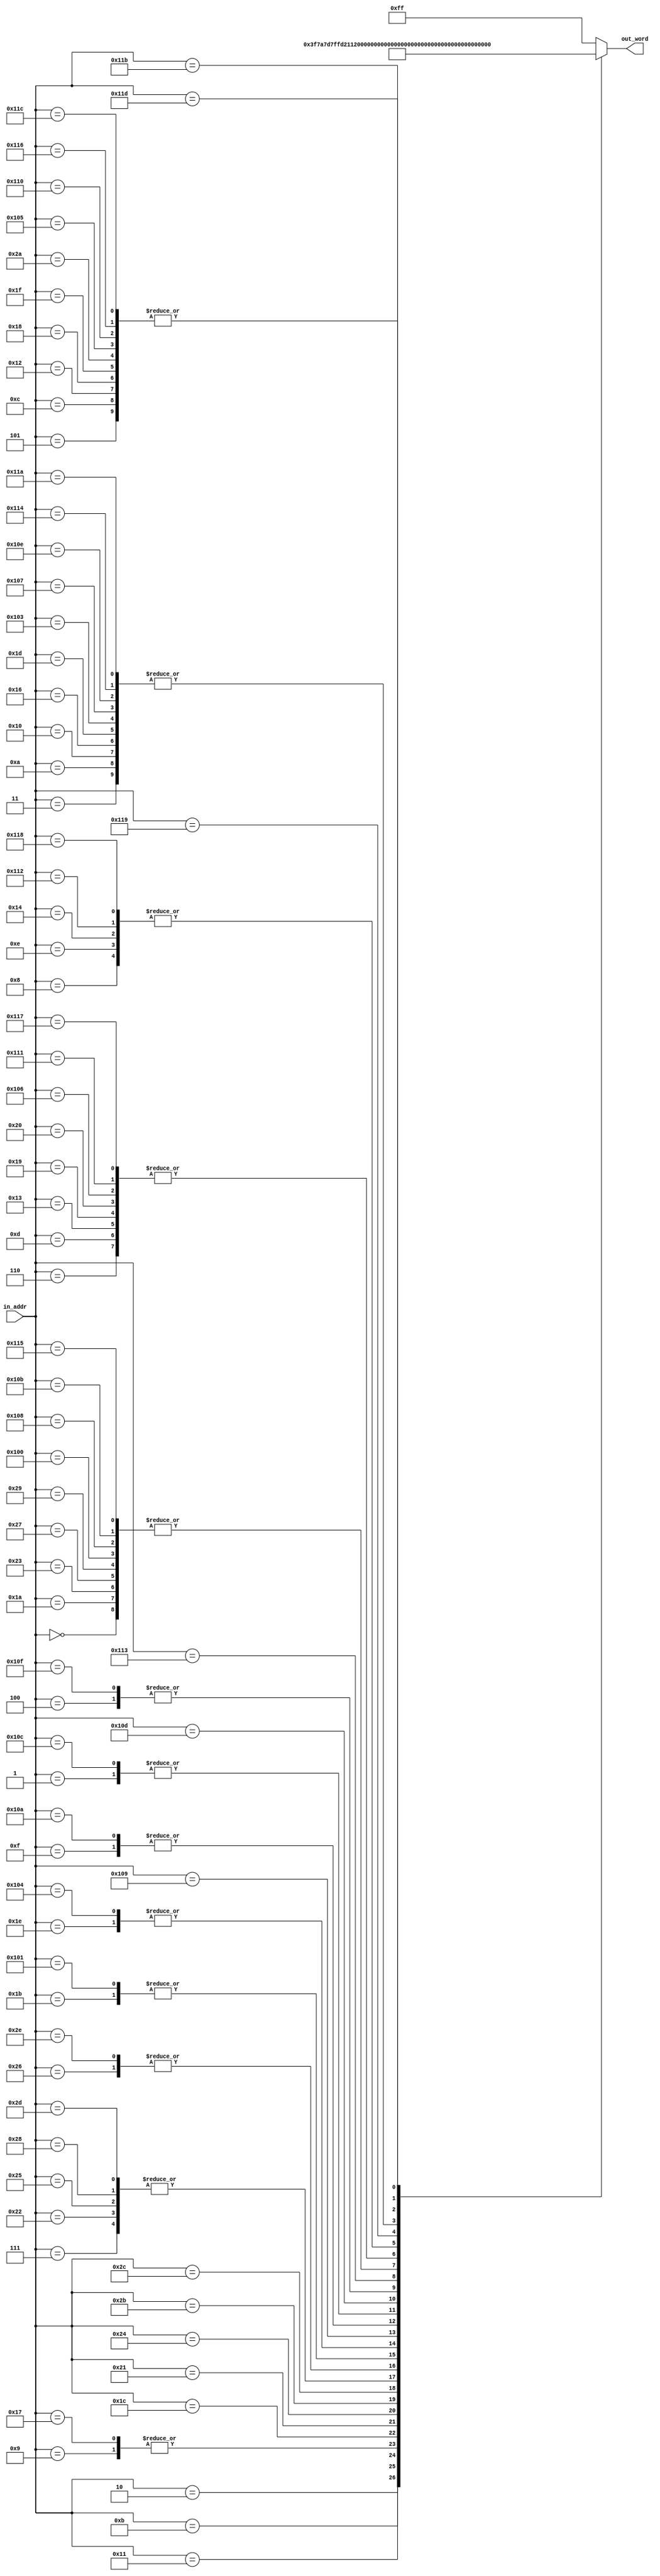
// bin2v output
// 

module bin2v(

	input  wire [ 9:0] in_addr,

	output reg  [ 7:0] out_word

);

	always @*
	case( in_addr )

		10'h0: out_word = 8'h01;
		10'h1: out_word = 8'hf7;
		10'h2: out_word = 8'h3f;

		10'h3: out_word = 8'h3e;
		10'h4: out_word = 8'h80;

		10'h5: out_word = 8'hED;
		10'h6: out_word = 8'h79; // 3ff7<=BF


		10'h7: out_word = 8'h00;
		10'h8: out_word = 8'h06;
		10'h9: out_word = 8'h7F;
		10'hA: out_word = 8'h3e;
		10'hB: out_word = 8'b01111010;
		10'hC: out_word = 8'hED;
		10'hD: out_word = 8'h79;

		10'hE: out_word = 8'h06;
		10'hF: out_word = 8'hBF;
		10'h10: out_word = 8'h3E;
		10'h11: out_word = 8'b01111101;
		10'h12: out_word = 8'hED;
		10'h13: out_word = 8'h79;

		10'h14: out_word = 8'h06;
		10'h15: out_word = 8'hFF;
		10'h16: out_word = 8'h3E;
		10'h17: out_word = 8'b01111111;
		10'h18: out_word = 8'hED;
		10'h19: out_word = 8'h79;

		10'h1A: out_word = 8'h01;
		10'h1B: out_word = 8'h77;
		10'h1C: out_word = 8'hFD;
		10'h1D: out_word = 8'h3E;
		10'h1E: out_word = 8'hAB;
		10'h1F: out_word = 8'hED;
		10'h20: out_word = 8'h79;

		10'h21: out_word = 8'h21;
		10'h22: out_word = 8'h00;
		10'h23: out_word = 8'h01;
		10'h24: out_word = 8'h11;
		10'h25: out_word = 8'h00;
		10'h26: out_word = 8'h60;
		10'h27: out_word = 8'h01;
		10'h28: out_word = 8'h00;
		10'h29: out_word = 8'h01;
		10'h2A: out_word = 8'hED;
		10'h2B: out_word = 8'hB0;

		10'h2C: out_word = 8'hC3;
		10'h2D: out_word = 8'h00;
		10'h2E: out_word = 8'h60;
		




		10'h100: out_word = 8'h01;
		10'h101: out_word = 8'h77;
		10'h102: out_word = 8'hff;
		10'h103: out_word = 8'h3e;
		10'h104: out_word = 8'hab;
		10'h105: out_word = 8'hed;
		10'h106: out_word = 8'h79;

		10'h107: out_word = 8'h3e;
		10'h108: out_word = 8'h01;
		10'h109: out_word = 8'hd3;
		10'h10a: out_word = 8'hbf;

		10'h10b: out_word = 8'h01;
		10'h10c: out_word = 8'hf7;
		10'h10d: out_word = 8'hee;
		10'h10e: out_word = 8'h3e;
		10'h10f: out_word = 8'h80;
		10'h110: out_word = 8'hed;
		10'h111: out_word = 8'h79;

		10'h112: out_word = 8'h06;
		10'h113: out_word = 8'hde;
		10'h114: out_word = 8'h3e;
		10'h115: out_word = 8'h01;
		10'h116: out_word = 8'hed;
		10'h117: out_word = 8'h79;

		10'h118: out_word = 8'h06;
		10'h119: out_word = 8'hbe;
		10'h11a: out_word = 8'h3e;
		10'h11b: out_word = 8'h22;
		10'h11c: out_word = 8'hed;
		10'h11d: out_word = 8'h78;


		default: out_word = 8'hFF;

	endcase

endmodule